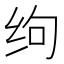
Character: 𰬆